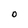
Character: O